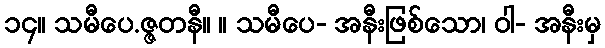
၁၄။ သမီပေ.ဇ္ဇတနီ။ ။ သမီပေ- အနီးဖြစ်သော၊ ဝါ- အနီးမှ